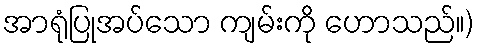
အာရုံပြုအပ်သော ကျမ်းကို ဟောသည်။)